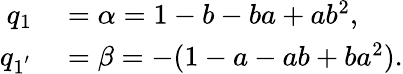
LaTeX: \begin{array}{rl}{q_{1}}&{{}=\alpha=1-b-ba+ab^{2},}\\ {q_{1^{'}}}&{{}=\beta=-(1-a-ab+ba^{2}).}\end{array}